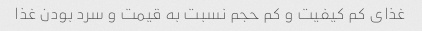
غذای کم کیفیت و کم حجم نسبت به قیمت و سرد بودن غذا